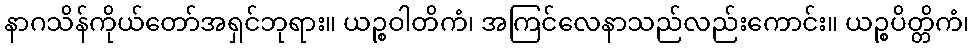
နာဂသိန်ကိုယ်တော်အရှင်ဘုရား။ ယဉ္စဝါတိကံ၊ အကြင်လေနာသည်လည်းကောင်း။ ယဉ္စပိတ္တိကံ၊